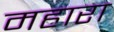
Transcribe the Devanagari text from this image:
महारा